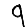
Digit: 9